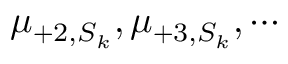
\mu _ { + 2 , S _ { k } } , \mu _ { + 3 , S _ { k } } , \cdots